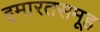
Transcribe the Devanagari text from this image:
इमारतसमूह